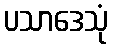
ပသာဒေသုံ